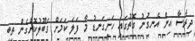
ދިރާސާ އިން އެނގުނު ގޮތުގައި ހަށިގަނޑު މާ ފަލަ ކަމަށް ގަބޫލުކޮށްގެން ތިބި